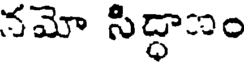
నమో సిద్ధాం